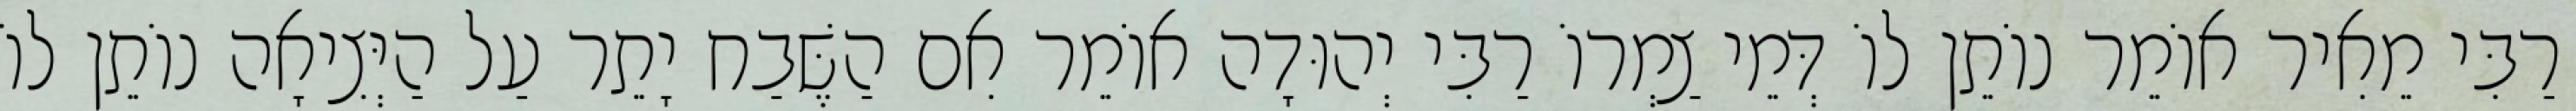
רַבִּי מֵאִיר אוֹמֵר נוֹתֵן לוֹ דְּמֵי צַמְרוֹ רַבִּי יְהוּדָה אוֹמֵר אִם הַשֶּׁבַח יָתֵר עַל הַיְּצִיאָה נוֹתֵן לוֹ